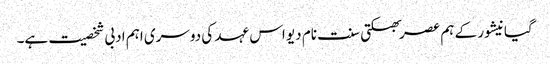
گیانیشور کے ہم عصر بھکتی سنت نام دیو اس عہد کی دوسری اہم ادبی شخصیت ہے۔